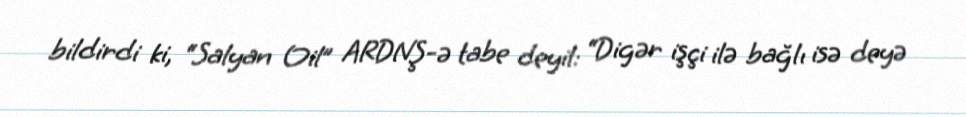
bildirdi ki, “Salyan Oil” ARDNŞ-ə tabe deyil: “Digər işçi ilə bağlı isə deyə